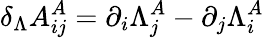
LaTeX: \delta_{\Lambda}A_{ij}^{A}=\partial_{i}\Lambda_{j}^{A}-\partial_{j}\Lambda_{i}^{A}